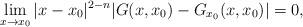
LaTeX: \begin{align*}\lim_{x\to x_0} |x-x_0|^{2-n} |G(x,x_0)-G_{x_0}(x,x_0)|=0,\end{align*}